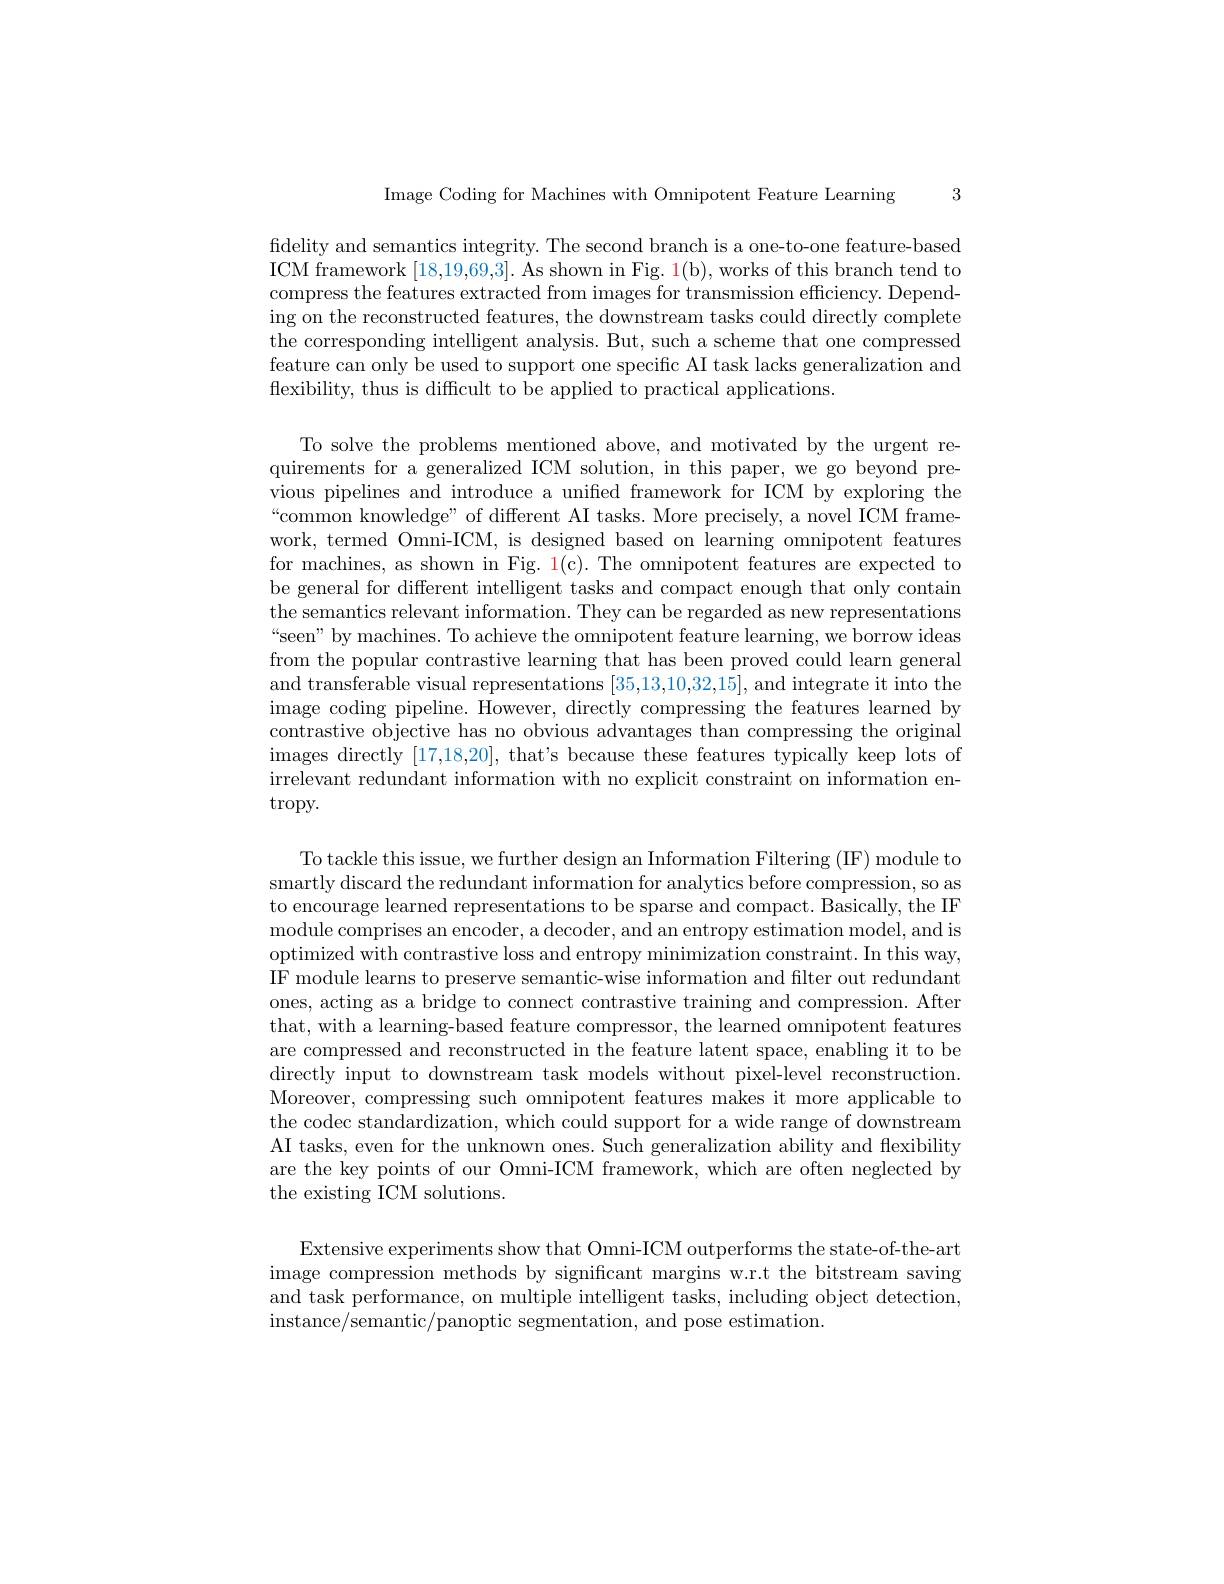
3

Image Coding for Machines with Omnipotent Feature Learning

fidelity and semantics integrity. The second branch is a one-to-one feature-based ICM framework [18,19,69,3]. As shown in Fig. $\color{red}{1}($b), works of this branch tend to compress the features extracted from images for transmission efficiency. Depending on the reconstructed features, the downstream tasks could directly complete the corresponding intelligent analysis. But, such a scheme that one compressed feature can only be used to support one specific AI task lacks generalization and flexibility, thus is difficult to be applied to practical applications.

To solve the problems mentioned above, and motivated by the urgent requirements for a generalized ICM solution, in this paper, we go beyond previous pipelines and introduce a unified framework for ICM by exploring the “common knowledge” of different AI tasks. More precisely, a novel ICM framework, termed Omni-ICM, is designed based on learning omnipotent features for machines, as shown in Fig. 1(c). The omnipotent features are expected to be general for different intelligent tasks and compact enough that only contain the semantics relevant information. They can be regarded as new representations “seen” by machines. To achieve the omnipotent feature learning, we borrow ideas from the popular contrastive learning that has been proved could learn general and transferable visual representations [35,13,10,32,15], and integrate it into the image coding pipeline. However, directly compressing the features learned by contrastive objective has no obvious advantages than compressing the original images directly [ 17, 18, 20] , tha$t^{\prime }$s because these features typically keep lots of irrelevant redundant information with no explicit constraint on information en- $\operatorname{tropy}.$

To tackle this issue, we further design an Information Filtering (IF) module to smartly discard the redundant information for analytics before compression, so as to encourage learned representations to be sparse and compact. Basically, the IF module comprises an encoder, a decoder, and an entropy estimation model, and is optimized with contrastive loss and entropy minimization constraint. In this way, IF module learns to preserve semantic-wise information and filter out redundant ones, acting as a bridge to connect contrastive training and compression. After that, with a learning-based feature compressor, the learned omnipotent features are compressed and reconstructed in the feature latent space, enabling it to be directly input to downstream task models without pixel-level reconstruction. Moreover, compressing such omnipotent features makes it more applicable to the codec standardization, which could support for a wide range of downstream AI tasks, even for the unknown ones. Such generalization ability and flexibility are the key points of our Omni-ICM framework, which are often neglected by the existing ICM solutions.

Extensive experiments show that Omni-ICM outperforms the state-of-the-art image compression methods by significant margins w.r.t the bitstream saving and task performance, on multiple intelligent tasks, including object detection, instance/semantic/panoptic segmentation, and pose estimation.